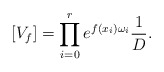
\begin{align*}[V_f] = \prod_{i=0}^r e^{f(x_i) \omega_i} \frac{1}{D}.\end{align*}